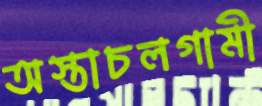
অস্তাচলগামী